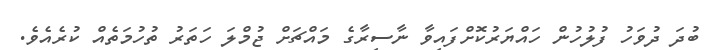
ބުދަ ދުވަހު ފުލުހުން ހައްޔަރުކޮށްފައިވާ ނާސިރާގެ މައްޗަށް ޖުމްލަ ހަތަރު ތުހުމަތެއް ކުރެއެވެ.